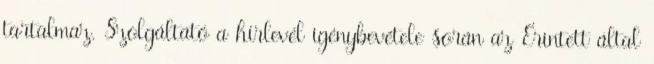
tartalmaz. Szolgáltató a hírlevél igénybevétele során az Érintett által